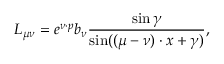
L _ { \mu \nu } = e ^ { \nu \cdot p } b _ { \nu } \frac { \sin \gamma } { \sin ( ( \mu - \nu ) \cdot x + \gamma ) } ,